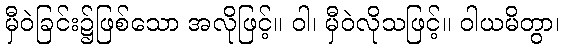
မှီဝဲခြင်း၌ဖြစ်သော အလိုဖြင့်။ ဝါ၊ မှီဝဲလိုသဖြင့်။ ဝါယမိတွာ၊